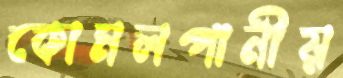
কোমলপানীয়